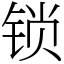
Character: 锁